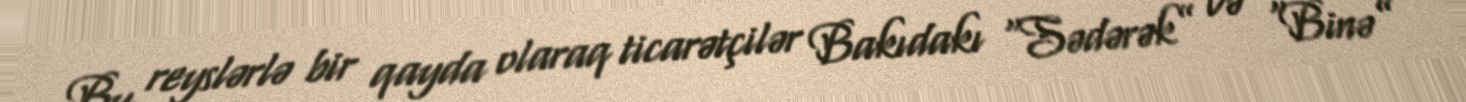
Bu reyslərlə bir qayda olaraq ticarətçilər Bakıdakı “Sədərək” və “Binə”